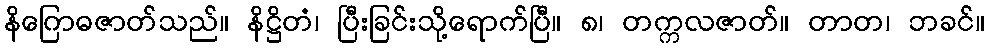
နိဂြောဓဇာတ်သည်။ နိဋ္ဌိတံ၊ ပြီးခြင်းသို့ရောက်ပြီ။ ၈၊ တက္ကလဇာတ်။ တာတ၊ ဘခင်။